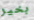
بخير